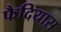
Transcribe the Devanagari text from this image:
फैदियास